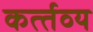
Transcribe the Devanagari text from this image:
कर्त्‍तव्‍य